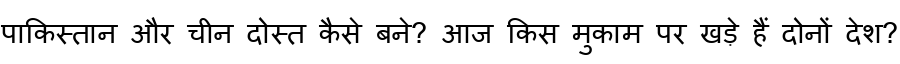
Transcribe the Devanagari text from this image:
पाकिस्तान और चीन दोस्त कैसे बने? आज किस मुकाम पर खड़े हैं दोनों देश?